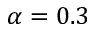
\alpha = 0 . 3